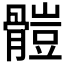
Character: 𩪂